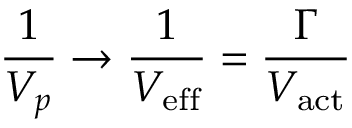
\frac { 1 } { V _ { p } } \rightarrow \frac { 1 } { V _ { \mathrm { e f f } } } = \frac { \Gamma } { V _ { \mathrm { a c t } } }